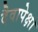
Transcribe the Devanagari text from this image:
दैवापेक्षा